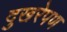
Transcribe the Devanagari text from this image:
दुखरेपण